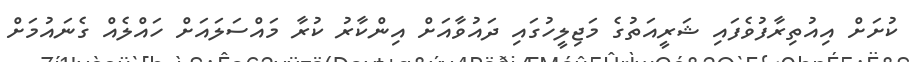
ކުށަށް އިއުތިރާފުވެފައި ޝަރީއަތުގެ މަޖިލީހުގައި ދައުވާއަށް އިންކާރު ކުރާ މައްސަލައަށް ހައްލެއް ގެނައުމަށް